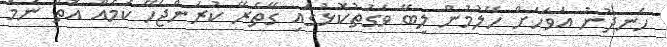
ހެނދުނު އަވަހަށް ހޭލުމުން ލިބޭ ވަގުތުކޮޅުގައި ގޭތެރޭ ކުރަންޖެހޭ ކަމެއް އޮތް ނަމަ